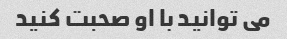
می توانید با او صحبت کنید